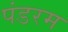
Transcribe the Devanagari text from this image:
पंडरम